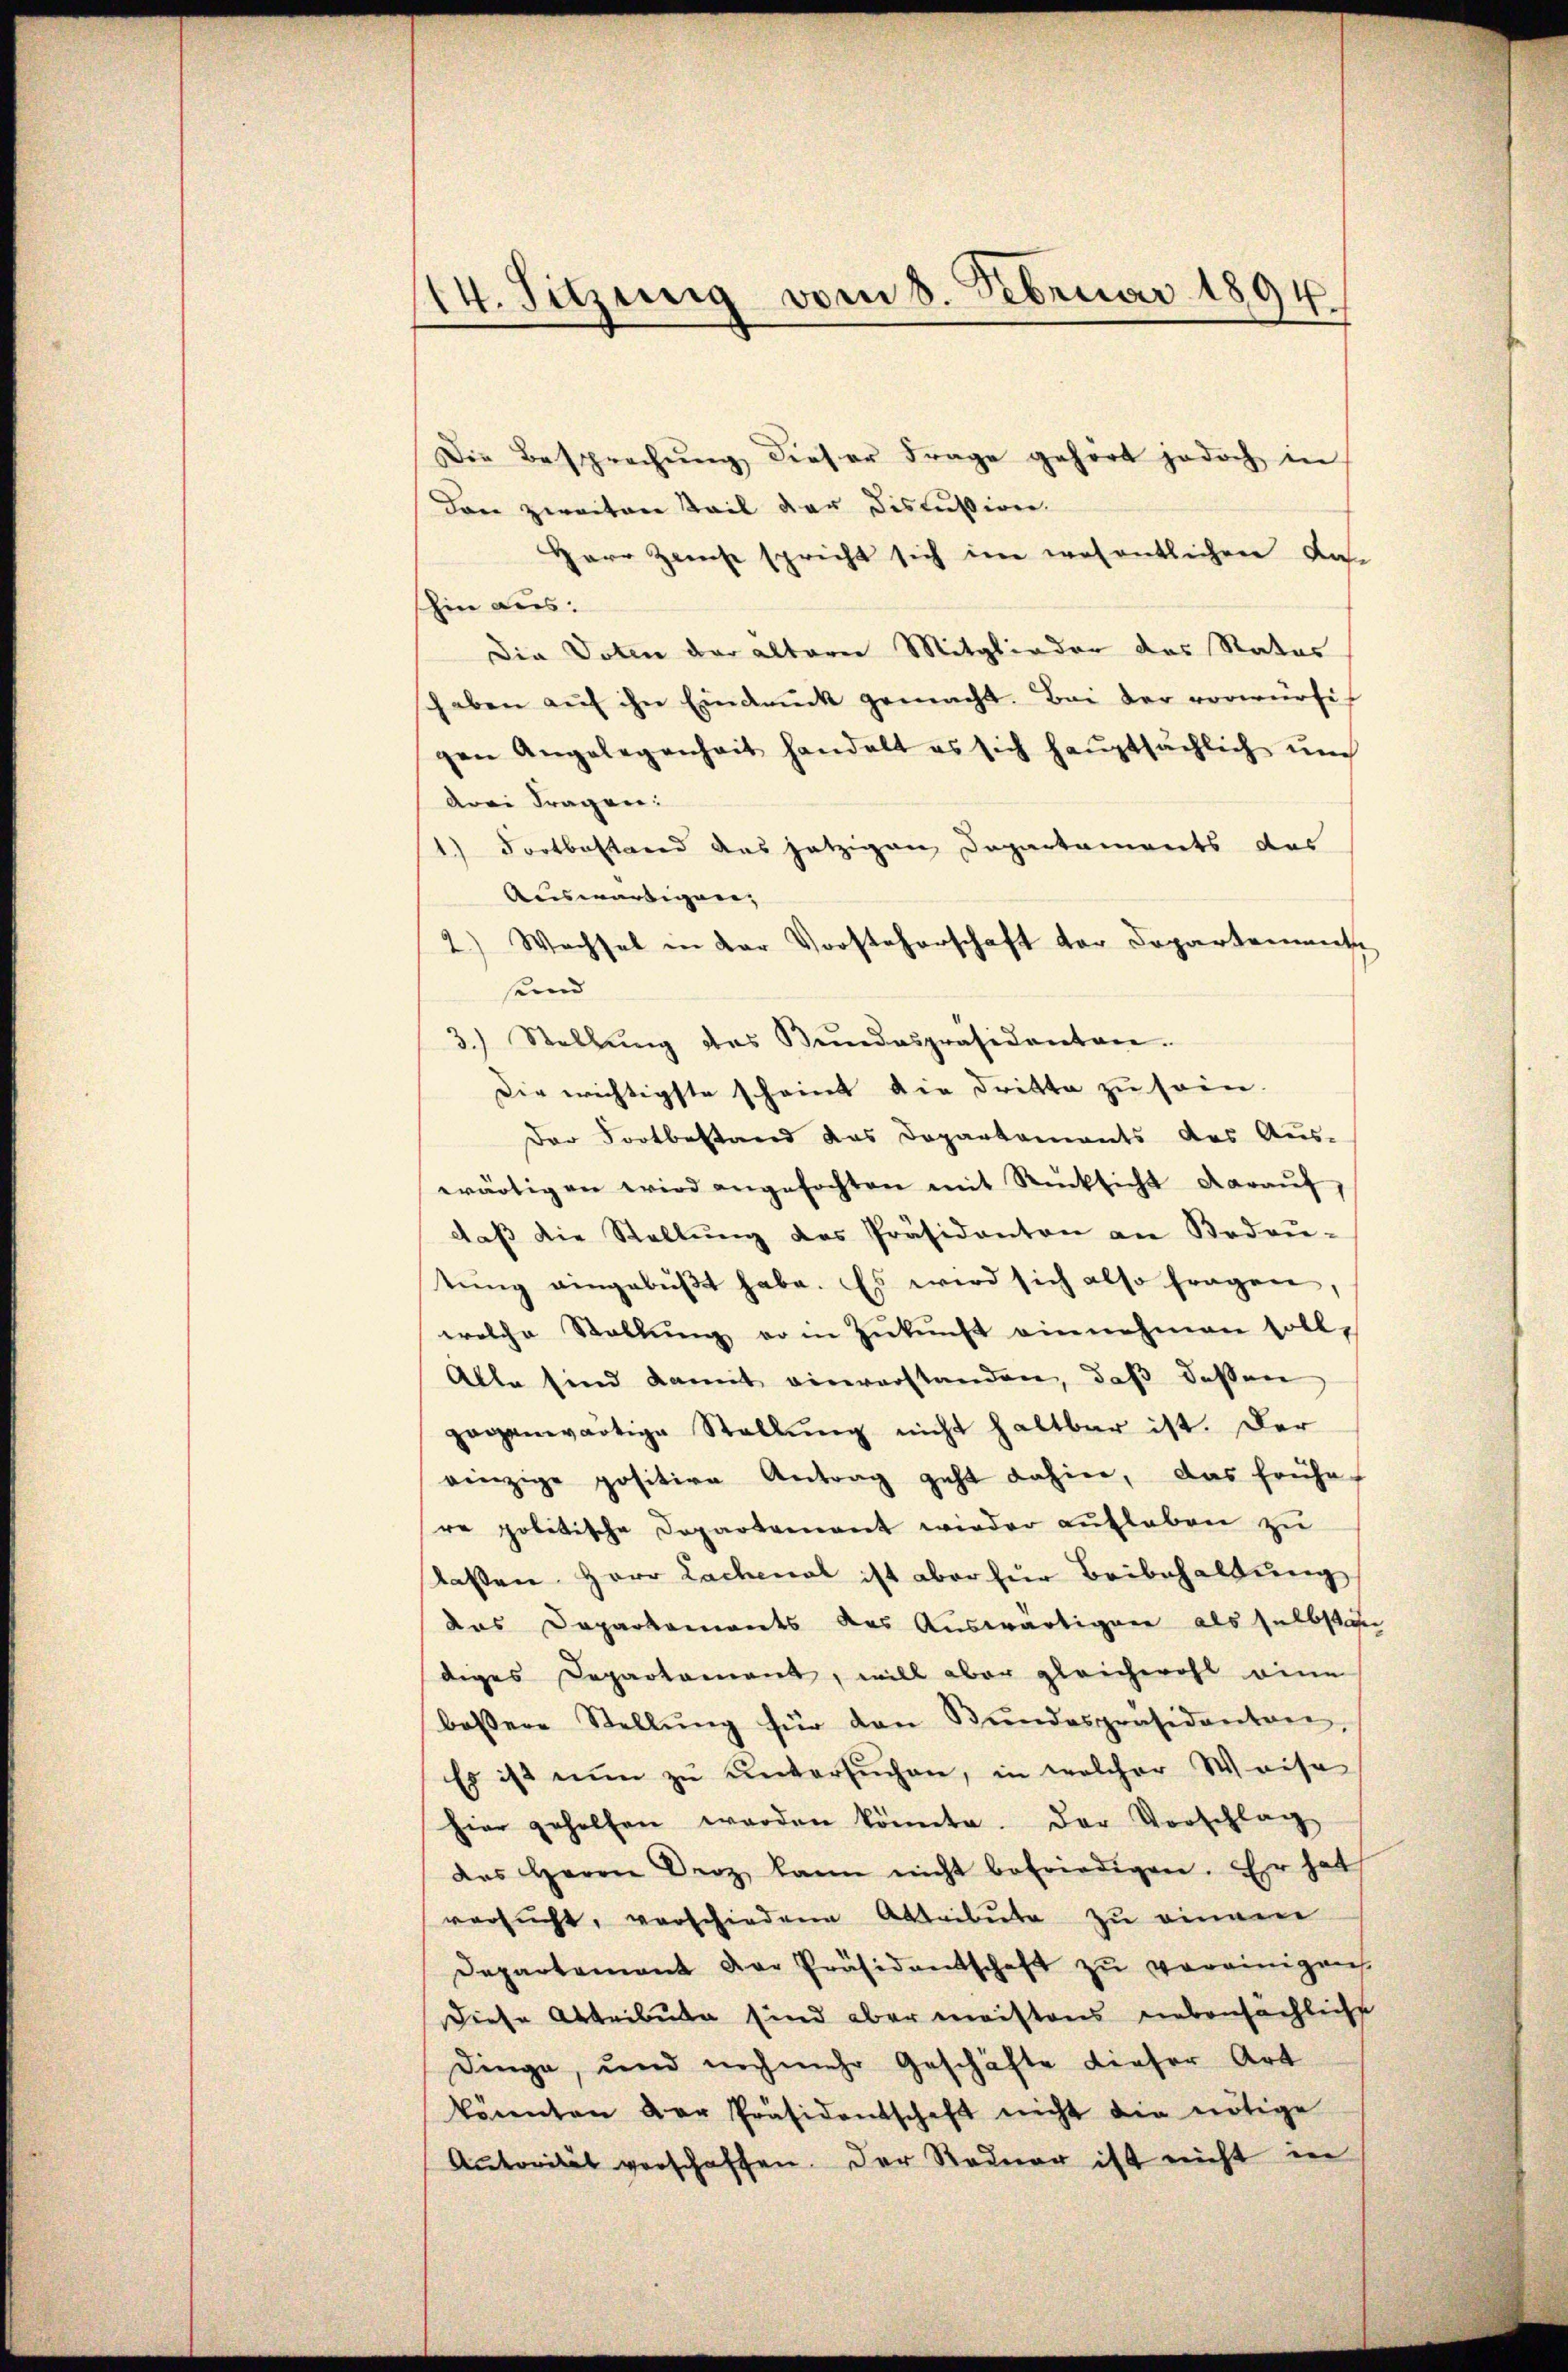
14. Sitzung vom 8. Februar 1894.

Die Besprechŭng dieser Frage gehört jedoch in
Dann zweitere Teil der Discussion.
Herr Zinse spricht sich im wesentlichen das
shin aus.
Die Voten der älterer Mitglieder des Rates
haben auf ihn Eindruck gemacht. Bei der vorwürfigen Angelegenheit handelt es sich haŭptsächlich ŭm
drei Fragen:
 Fortbestand des jetzigen Departaments des
Auswärtigen,
2.) Wachsel in der Vorsteherschaft der Departement
sund
3.) Stellŭng des Bundespräsidenten.
Die wichtigste scheint die dritte zu sein.
Der Fortbestand das Departements des Aus-
wärtigen wird angefochten mit Rücksicht daraŭf,
daβ die Stellŭng des Präsidanton an Badaŭ-
tŭng eingebŭβt habe. Es wird sich also fragen,
welche Stallŭng er in Zŭkŭnft einnehmen soll,
Alle sind damit einverstanden, daß dassen
gegenwärtige Stellung nicht haltbar ist. Der
einzige positive Antrag geht dahin, das frühe
re politische Departenant wieder aufleben zu
laßen. Herr Lachenal ist aber für Beibehaltung
das Departements das Auswärtigen als selbstah
diges Departament, will aber gleichwohl eine
bessere Stellŭng für den Bŭndespräsidanten,
Es ist nun zu untersŭchen, in welcher Weise
hier geholfen werden könnte. Der Vorschlag
des Herrn Droz kann nicht befriedigen. Er hat
versucht, verschiedene Abtribute zu einem
Departement der Präsidentschaft zu vereinigen
diese Abteilung sind aber meistens nebensächliche
Dinge, und noch mehr Geschäfte dieser Art
könnten der Präsidentschaft nicht die nötige
Autorität verschaffen. Der Redner ist nicht in